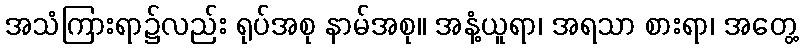
အသံကြားရာ၌လည်း ရုပ်အစု နာမ်အစု။ အနံ့ယူရာ၊ အရသာ စားရာ၊ အတွေ့